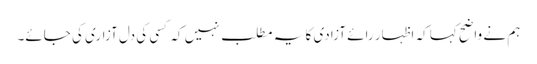
ہم نے واضح کہا کہ اظہار رائے آزادی کا یہ مطلب نہیں کہ کسی کی دل آزاری کی جائے۔